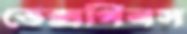
ডেক্সপিনস